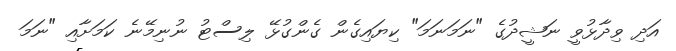
އަދި ވިދާޅުވީ ނަޝީދުގެ "ނަމަނަމަ" ކިޔައިގެން ގެންގުޅޭ ލިސްޓު ނުނިމޭނެ ކަމަށާއި "ނަމަ